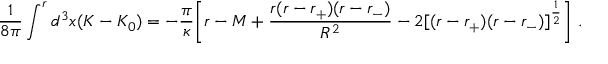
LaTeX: \frac { 1 } { 8 \pi } \int ^ { r } d ^ { 3 } x ( K - K _ { 0 } ) = - \frac { \pi } { \kappa } \Biggl [ r - M + \frac { r ( r - r _ { + } ) ( r - r _ { - } ) } { R ^ { 2 } } - 2 [ ( r - r _ { + } ) ( r - r _ { - } ) ] ^ { \frac { 1 } { 2 } } \Biggr ] \ .